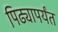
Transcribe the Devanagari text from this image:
पिढ्यापर्यंत